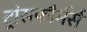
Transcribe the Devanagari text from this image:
ट्रांसफौर्मर्स